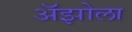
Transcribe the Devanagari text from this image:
अॅझोला